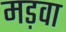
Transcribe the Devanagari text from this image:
मड़वा